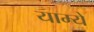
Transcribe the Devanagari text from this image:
याम्ये